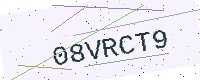
Text: 08VRCT9